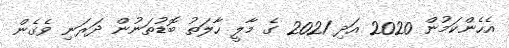
އެހެންކަމުން 2020 އަދި 2021 ގެ މާލީ ހާލަތު ބޮޑުތަނުން ދަރަނި ވެގެން